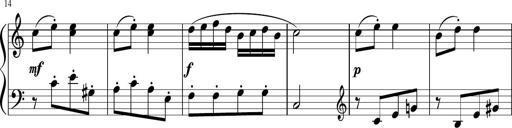
Title: 6 Progressive Sonatinas
Composer: Johann Anton AndrÃ©